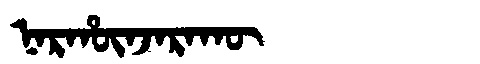
Manchu: ᠨᠠᡵᡥᡡᠨᠵᠠᡵᠠᡴᡡ
Romanization: NARHŪNJARAKŪ